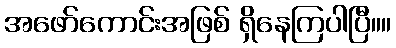
အဖော်ကောင်းအဖြစ် ရှိနေကြပါပြီ။။